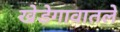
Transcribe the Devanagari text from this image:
खेडेगावातले